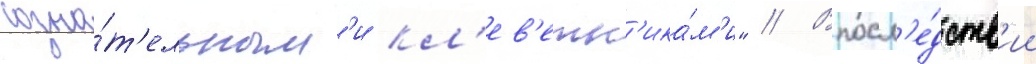
созна́т'ельным'и кл'ев'етн'ика́м'и" // Впосл'е́дств'ии